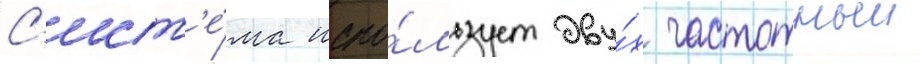
С'ист'е́ма испо́льзует дву́х частотныи